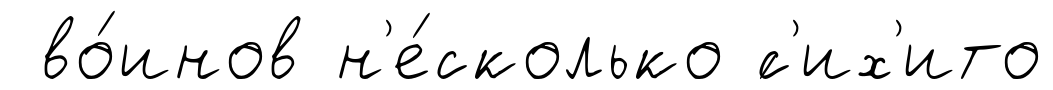
во́инов н'е́сколько ́с'их'ито